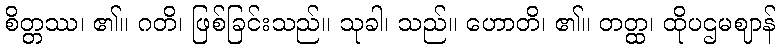
စိတ္တဿ၊ ၏။ ဂတိ၊ ဖြစ်ခြင်းသည်။ သုခါ၊ သည်။ ဟောတိ၊ ၏။ တတ္ထ၊ ထိုပဌမဈာန်